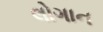
લોગાન